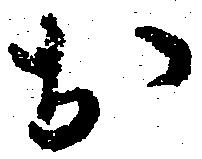
お